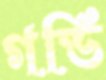
গর্ডি